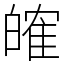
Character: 㿥